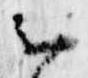
云